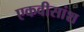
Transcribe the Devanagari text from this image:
एकवीसांश